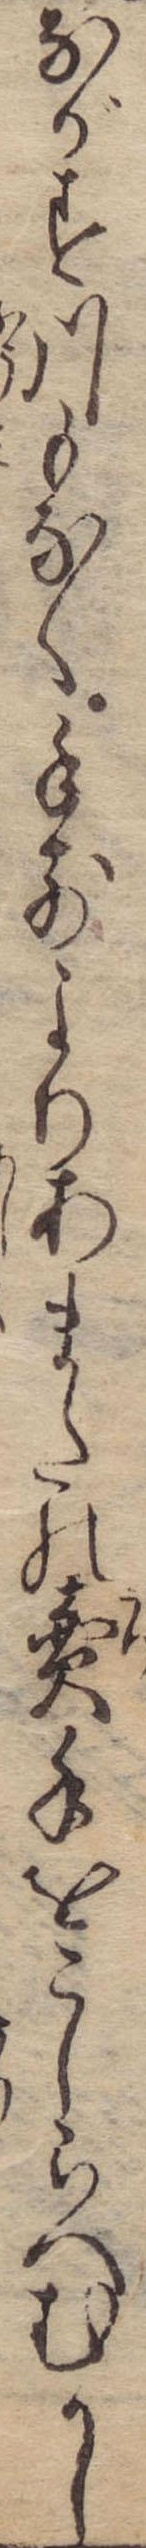
ながす川もなく手前よりあまたの売手をこしらへむかし